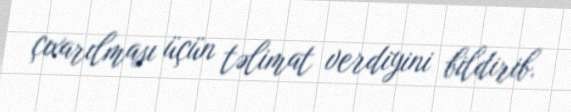
çıxarılması üçün təlimat verdiyini bildirib.